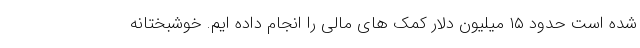
شده است حدود ۱۵ میلیون دلار کمک های مالی را انجام داده ایم. خوشبختانه